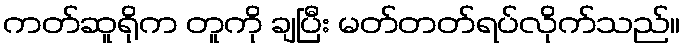
ကတ်ဆူရိုက တူကို ချပြီး မတ်တတ်ရပ်လိုက်သည်။